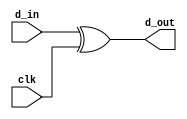
`timescale 1ns/1ns
module manchester_encoder (/*AUTOARG*/
   // Outputs
   d_out,
   // Inputs
   clk, d_in
   );

   input clk;
   input d_in;

   output d_out;

   assign d_out = d_in ^ clk;

endmodule // machester_encoder
// Local Variables: 
//verilog-library-directories:("~/Projects/fpgaProjects/iVerilog/design/*") 
// End: